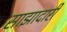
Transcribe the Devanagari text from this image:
साझादारी